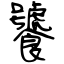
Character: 饕